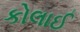
કોલાઈ